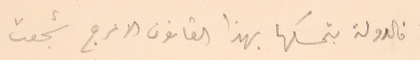
فالدولة بتمسكها بهذا القانون الاعرج شجعت